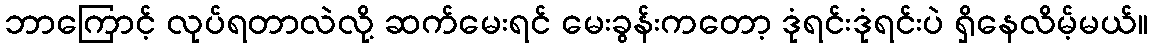
ဘာကြောင့် လုပ်ရတာလဲလို့ ဆက်မေးရင် မေးခွန်းကတော့ ဒုံရင်းဒုံရင်းပဲ ရှိနေလိမ့်မယ်။